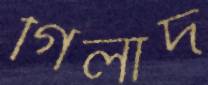
গিলাদ